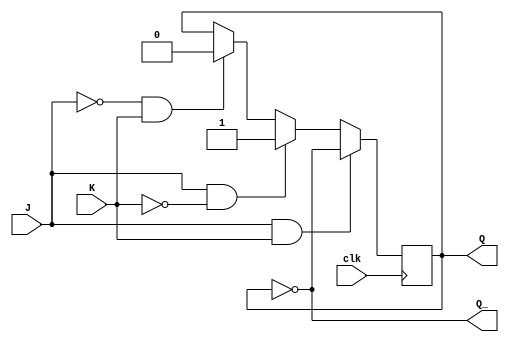
module negedge_jk_ff(
    input J,   // Data input J
    input K,   // Data input K
    input clk, // Clock input
    output reg Q,  // Output Q
    output reg Q_   // Complementary output Q'
);

always @ (negedge clk) begin
    if (J & K) begin
        Q <= ~Q; // Toggle Q
    end else if (J & ~K) begin
        Q <= 1; // Set Q to high
    end else if (~J & K) begin
        Q <= 0; // Reset Q to low
    end
    // If both J and K are low, retain the current output Q
    // Q remains unchanged
end

assign Q_ = ~Q; // Output Q' is the complement of Q

endmodule